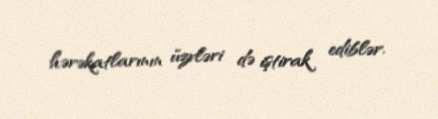
hərəkatlarının üzvləri də iştirak ediblər.